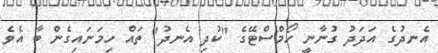
އެނދުގެ އަދަދު ގުނާނީ ހޯމްސްޓޭގެ "ކުދި އެނދު" ތައް ހިމަނައިގެން ބާ އެވެ